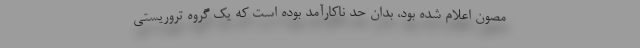
مصون اعلام شده بود، بدان حد ناکارآمد بوده است که یک گروه تروریستی